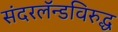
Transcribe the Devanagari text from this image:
संदरलॅन्डविरुद्ध